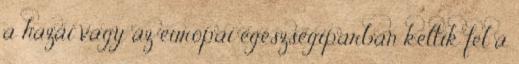
a hazai vagy az európai egészségiparban keltik fel a